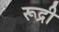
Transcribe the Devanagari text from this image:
रूद्री